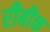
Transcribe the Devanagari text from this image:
रीबीक